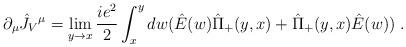
LaTeX: \begin{align*}\partial_{\mu}\hat J_V{}^{\mu}=\lim_{y\rightarrow x}{ie^2\over 2}\int_x^y dw(\hat E(w)\hat\Pi_+(y,x)+\hat\Pi_+(y,x)\hat E(w)) \;.\end{align*}